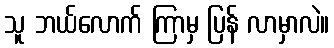
သူ ဘယ်လောက် ကြာမှ ပြန် လာမှာလဲ။